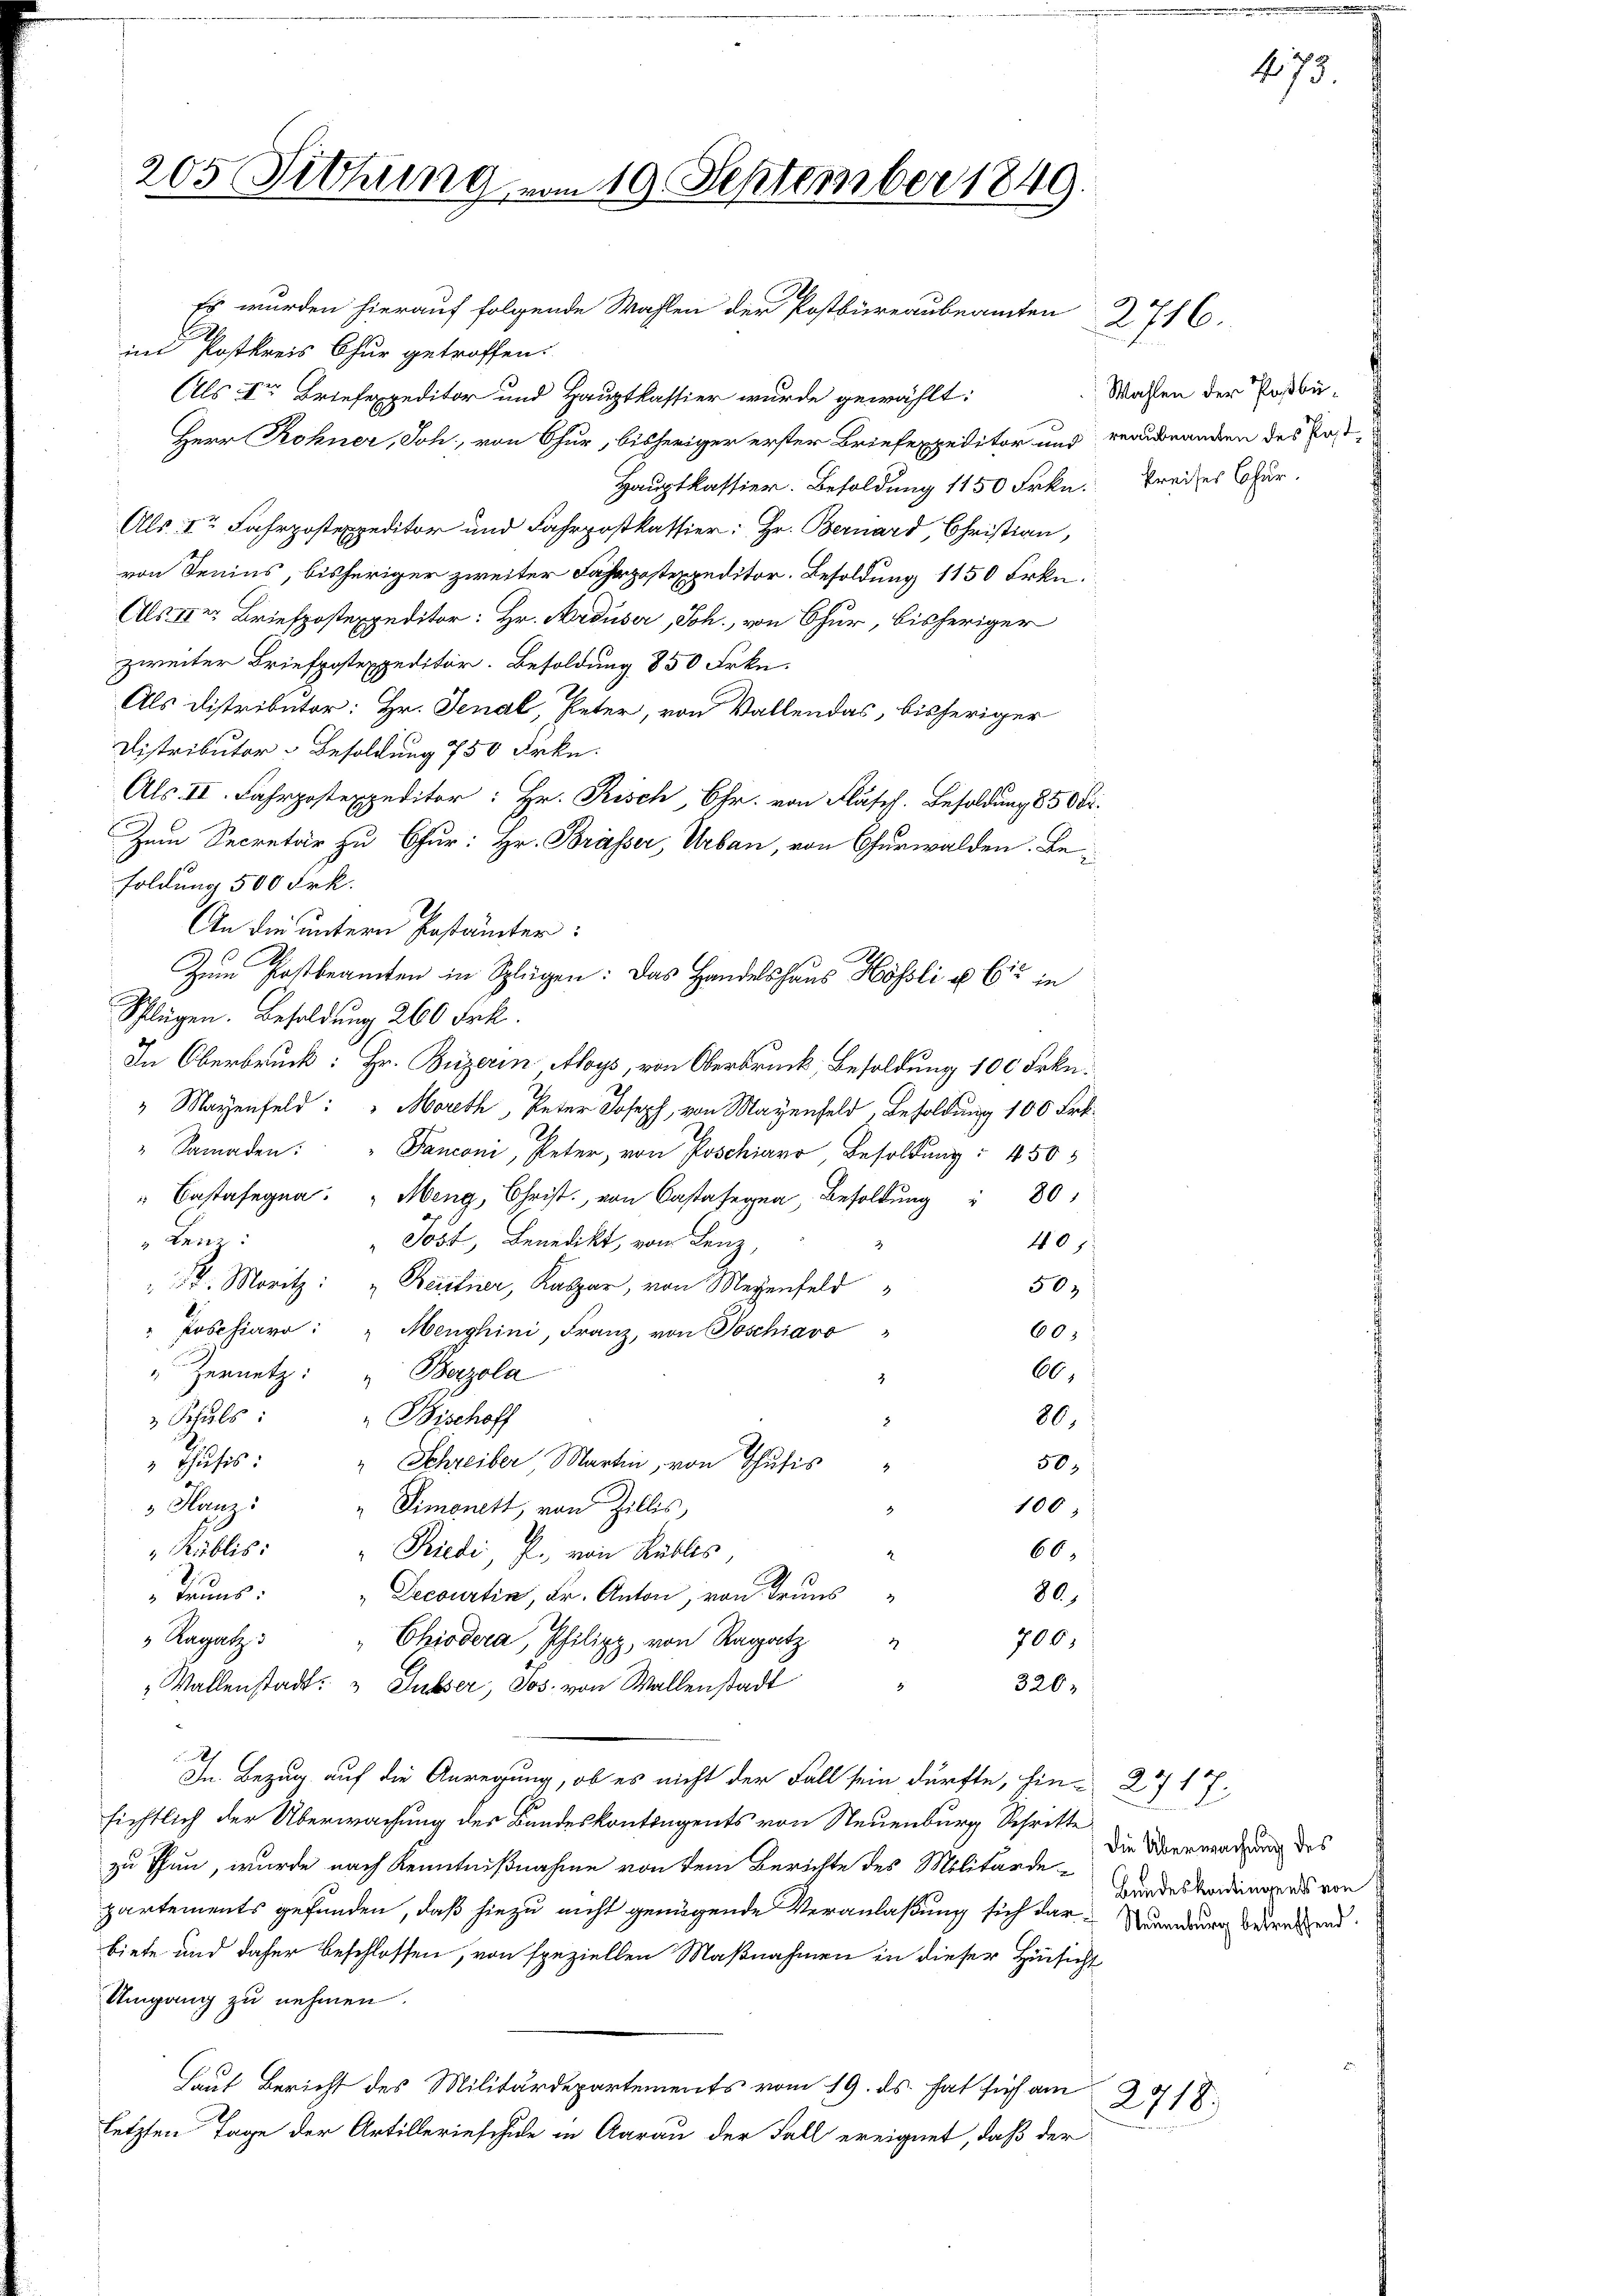
205 Fethung vom 10. September 1849.

Es wurden hierauf folgende Wahlen der Postbüreaubeamten
im Postkreis Chur getroffen.
Als Vor Briefexpeditor und Hauptkassier wurde gewählt:
Herr Rohner, Joh., von Chur, bisheriger erster Briefexpeditor und vernanden des Post¬
Hauptkassier. Besoldung 1150 Frkn. Kreises Chur,
Als 1te Fahrpostexpeditor und Fahrpostkassier; Hr. Bernard, Christian,
von Senins, bisheriger zweiter Fahrpostexpeditor. Besoldung 1150 Frkn.
Als der Briefpostexpeditor: Hr. Arduser, Joh. von Chur, bisheriger
zweiter Briefpostexpeditor. Besoldung 850 Frkn.
Als Distributor: Hr. Jenal, Peter, von Vallendas, bisheriger
Distributor Besoldung 750 Frkn.
Als. II. Fahrpostexpeditor: Hr. Risch, Chr. von Fläsch. Besoldung 850 Fr.
Zum Secretär zu Chur: Hr. Brasser Urban, von Churwalden. Be¬
Foldung 500 Frk.
An die untern Gestämter:
Zum Postbeamten in Splügen: Das Handelshaus Hösli u. 612 in
Schlügen. Besoldung 260 Frk.
In Oberbruck: Hr. Beizerin Aloys, von Oberbruck, Besoldung 100 Frkn.
" Mayenfeld: " Moreth, Peter Joseph, von Mayenfeld, Besoldung 100 Frk.
"Samaden: " Panconi, Peter, von Poschiaro, Besoldung: 4505
" sagen: "Meng Christ von Castag, Besoldŭng " 80
 Lenz:
Jost, Benedikt, von Lenz,
407
. Moritz: „Beitner, Kaspar, von Meyenfeld
503
Poschiaro: "Menghini, Franz, von Poschiavo
605:
66.
Zernetz: „Berzola
 Schuls
" Bischoff
80.
Thutes:
" Schreiber, Martin, von Thusis
50,
4
Hunzi
" Simonett, von Zillis,
100;
60.
"Kublis: " Friedi, P. von Rubles,
.
1
Teuns: "Decourtin, Dr. Anton, von Trans
80.
 Ragatz:
706,
"Chiodoca, Philipp, von Ragatz
2
Wallenstadt: " Subser, Jos. von Wallenstadt
326;
In Bezug auf die Anregung, ob es nicht der Fall sein dürfte, hin- 2717.
sichtlich der Überwachung des Bandeskontragents von Neuenburg Schritte
zu Thun, wurde nach Kenntnißnahme von dem Berichte des Militärdepartements gefunden, daß hiezu nicht genügende Veranlaßung sich dar-Wendung bedrükend.
biete und daher beschlossen, von speziellen Maßnahmen in dieser Hinsicht
Umgang zu nehmen.
Laut Bericht des Militärdepartements vom 19. ds. hat sich am
2718.
letzten Tage der Artillerieschule in Aarau der Fall ereignet, daß der

2706.

Wahlen der Poßbü¬

Die Übermachung des
Bundeskontingens von

473.